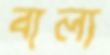
বাল্য